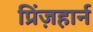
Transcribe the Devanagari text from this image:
प्रिंज़हार्न